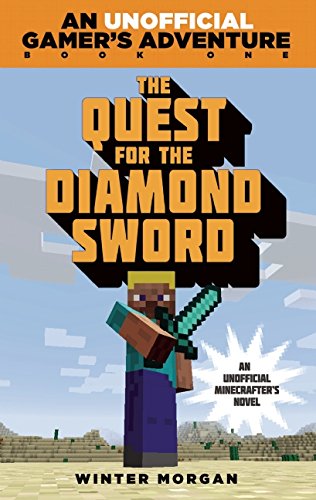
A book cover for The Quest for the Diamond Sword: An Unofficial GamerEEs Adventure, Book One; Winter Morgan; Children's Books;